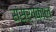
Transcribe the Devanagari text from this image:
संसर्पकाल